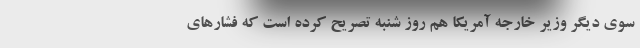
سوی دیگر وزیر خارجه آمریکا هم روز شنبه تصریح کرده است که فشارهای